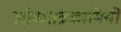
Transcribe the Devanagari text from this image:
लोकतंत्रकामियों